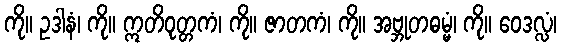
ကို။ ဥဒါနံ၊ ကို။ ဣတိဝုတ္တကံ၊ ကို။ ဇာတကံ၊ ကို။ အဗ္ဘုတဓမ္မံ၊ ကို။ ဝေဒလ္လံ၊